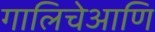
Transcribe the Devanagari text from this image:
गालिचेआणि